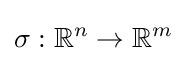
\sigma :\mathbb {R} ^{n}\to \mathbb {R} ^{m}